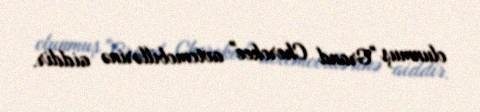
olunmuş "Grand Cherokee" avtomobillərinə aiddir.